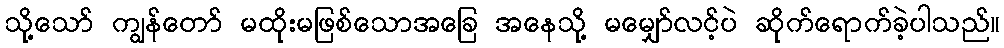
သို့သော် ကျွန်တော် မထိုးမဖြစ်သောအခြေ အနေသို့ မမျှော်လင့်ပဲ ဆိုက်ရောက်ခဲ့ပါသည်။